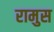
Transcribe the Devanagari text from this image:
रामुस